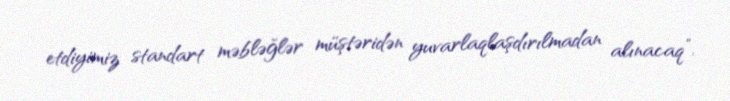
etdiyimiz standart məbləğlər müştəridən yuvarlaqlaşdırılmadan alınacaq”.